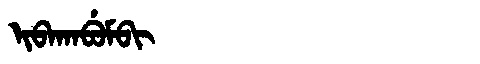
Manchu: ᡳᠪᠠᡴᠠᠪᡠᠮᠪᡳ
Romanization: IBAKABUMBI